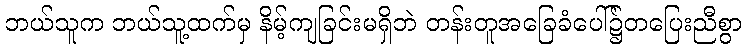
ဘယ်သူက ဘယ်သူ့ထက်မှ နိမ့်ကျခြင်းမရှိဘဲ တန်းတူအခြေခံပေါ်၌တပြေးညီစွာ